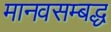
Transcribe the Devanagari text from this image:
मानवसम्बद्ध